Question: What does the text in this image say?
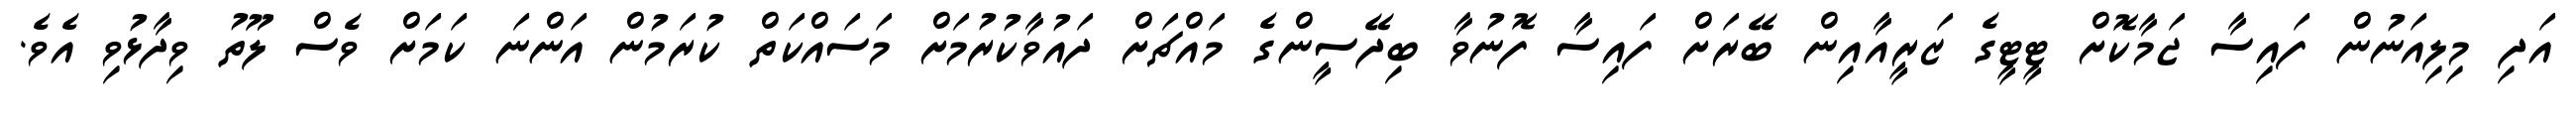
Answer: އަދި މިލިއަނުން ފައިސާ ޖަމާކޮށް ޓީޓީގެ ޒަރީއާއިން ބޭރަށް ފައިސާ ފޮނުވާ ބިދޭސީންގެ މައްޗަށް ދައުވާކުރުމަށް މަސައްކަތް ކުރަމުން އަންނަ ކަމަށް ވެސް ލޫތު ވިދާޅުވި އެވެ.